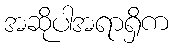
အဆိုပါအရာရှိက